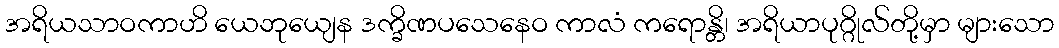
အရိယသာဝကာဟိ ယေဘုယျေန ဒက္ခိဏပသေနေဝ ကာလံ ကရောန္တိ၊ အရိယာပုဂ္ဂိုလ်တို့မှာ များသော